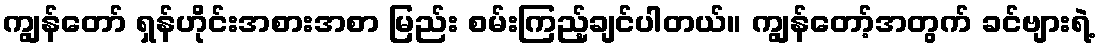
ကျွန်တော် ရှန်ဟိုင်းအစားအစာ မြည်း စမ်းကြည့်ချင်ပါတယ်။ ကျွန်တော့်အတွက် ခင်ဗျားရဲ့